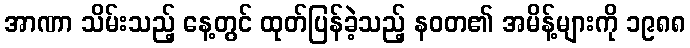
အာဏာ သိမ်းသည့် နေ့တွင် ထုတ်ပြန်ခဲ့သည့် နဝတ၏ အမိန့်များကို ၁၉၈၈